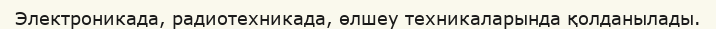
Электроникада, радиотехникада, өлшеу техникаларында қолданылады.